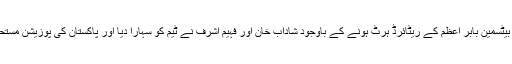
ان فارم بیٹسمین بابر اعظم کے ریٹائرڈ ہرٹ ہونے کے باوجود شاداب خان اور فہیم اشرف نے ٹیم کو سہارا دیا اور پاکستان کی پوزیشن مستحکم کی۔